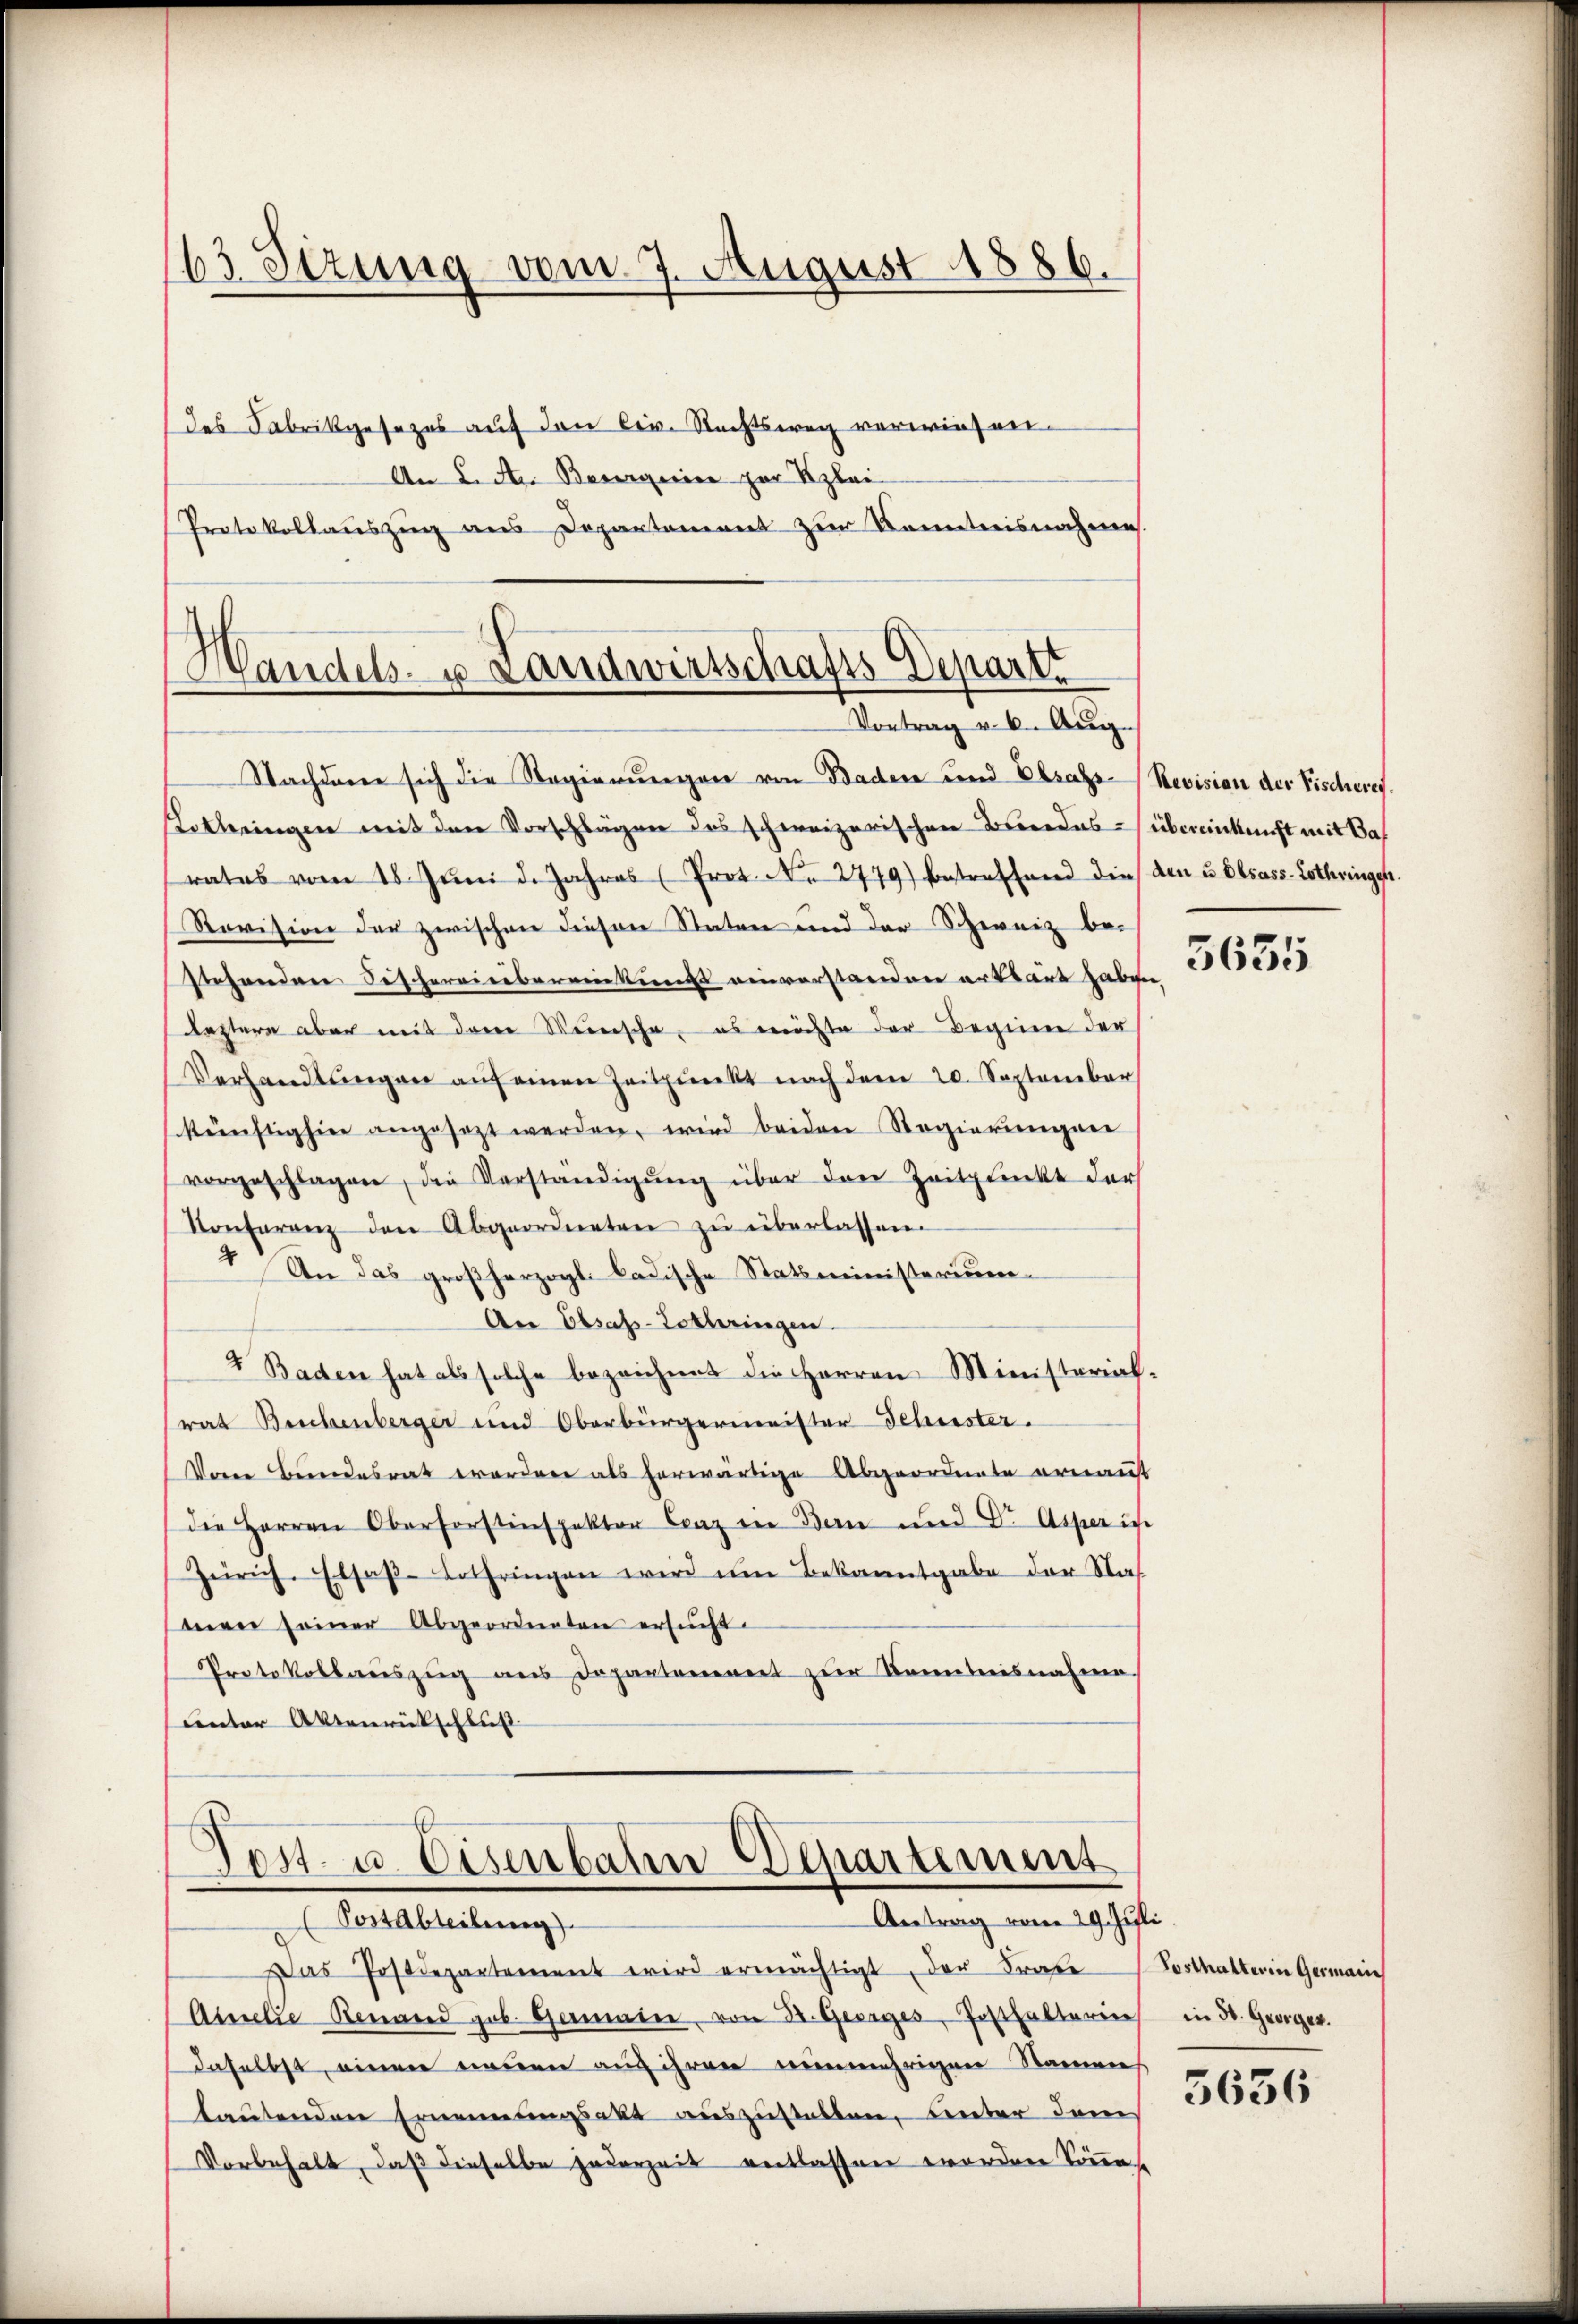
63 Sizung vom 7. August 1886.

des Fabrikgesezes auf den Civ. Rechtsweg verwiesen.
An 2. A. Besorgerie zur Klei
Protokollauszug aus Departement zur Kenntnisnahme.

Handels- u Landwirtschafts Departt
Vortrag v. 6. Aug.

Nachdenen sich die Regierungen von Baden und Elsass-Revision der Fischeres.
Lothringen mit den Vorschlägen des schweizerischen Beredes übereinkunft mit Bas
rates vom 18. Jŭni d. Jahres (Prot. N. 2779) betreffend die den u. Elsass-Lothringen.
Revision der zwischen diesen Staten und der Schweiz be-
stehenden Fischereinbereinkunft einverstanden artsärt haben,
leztere aber mit dem Mensche, es nichte der Beginn der
Verhandlŭngen aŭf einen Zeitpunkt nach dem 20. September
künftighier angesetzt werden, wird beiden Regierŭngen
vorgeschlagen, die Verständigŭng über den Zeitplickt der
Konferenz den Abgeordneten zŭ überlassen.
 An das großherzogl. ladische Statsministerium
An Elsass-Lothringen
4 Baden hat als solche bezeichnes die Herren Ministerialrat Beschenberger und Oberbürgermeister-Schenster.
Vom Bundesrat worden als herwärtige Abgeordnete ernanst
die Herren Oberforstinspektor Craz ein Bern und Dr. Asper ich
Zürich. Elsaβ-Lothringen wird im Bekanntgabe der Nas
men seiner Abgeordneten ersucht.
Protokollauszug aus Departarennert zur Kenntnisnahme.
unter Aktenrückschluß

Post. u. Eisenbahn Eepartement
Antrag vom 29. Juli.
(Post Abteilung).

Das Postdepartement wird ermächtigt, der Frage Posthalterin Germain
Ainelle Rennend geb. Gerader, von 32. Georges Posthaltern in St. Georger.
daselbst, einen neuen auch ihren nunmehrigen Namens
tautenden Ernennungsakt auszustellen, unter dem
Vorbehalt, daß dieselbe jederzeit entlassen worden Sonnes

5635

5636